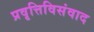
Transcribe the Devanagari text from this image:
प्रवृत्तिविसंवाद